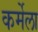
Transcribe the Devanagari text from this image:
कर्मेला